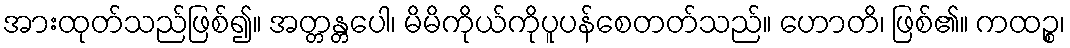
အားထုတ်သည်ဖြစ်၍။ အတ္တန္တပေါ၊ မိမိကိုယ်ကိုပူပန်စေတတ်သည်။ ဟောတိ၊ ဖြစ်၏။ ကထဉ္စ၊